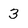
Character: 3